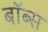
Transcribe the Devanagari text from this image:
बॉब्स